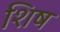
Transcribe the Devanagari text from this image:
शिष